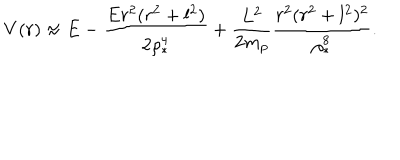
V ( r ) \approx E - \frac { E r ^ { 2 } ( r ^ { 2 } + l ^ { 2 } ) } { 2 \rho _ { * } ^ { 4 } } + \frac { L ^ { 2 } } { 2 m _ { p } } \frac { r ^ { 2 } ( r ^ { 2 } + l ^ { 2 } ) ^ { 2 } } { \rho _ { * } ^ { 8 } } .